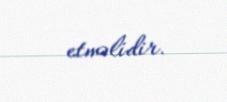
etməlidir.